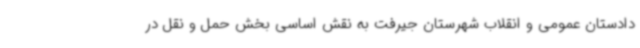
دادستان عمومی و انقلاب شهرستان جیرفت به نقش اساسی بخش حمل‌ و نقل در